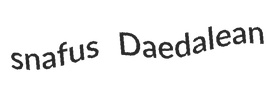
snafus Daedalean